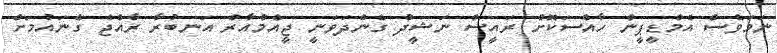
ނަމަވެސް އެމްޑީޕީން ހާއްސަކޮށް ރައީސް ނަޝީދު ގެންދަވަނީ ޖީއެމްއާރް އަނބުރާ ރާއްޖެ ގެނައުމަށް